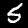
Label: 5